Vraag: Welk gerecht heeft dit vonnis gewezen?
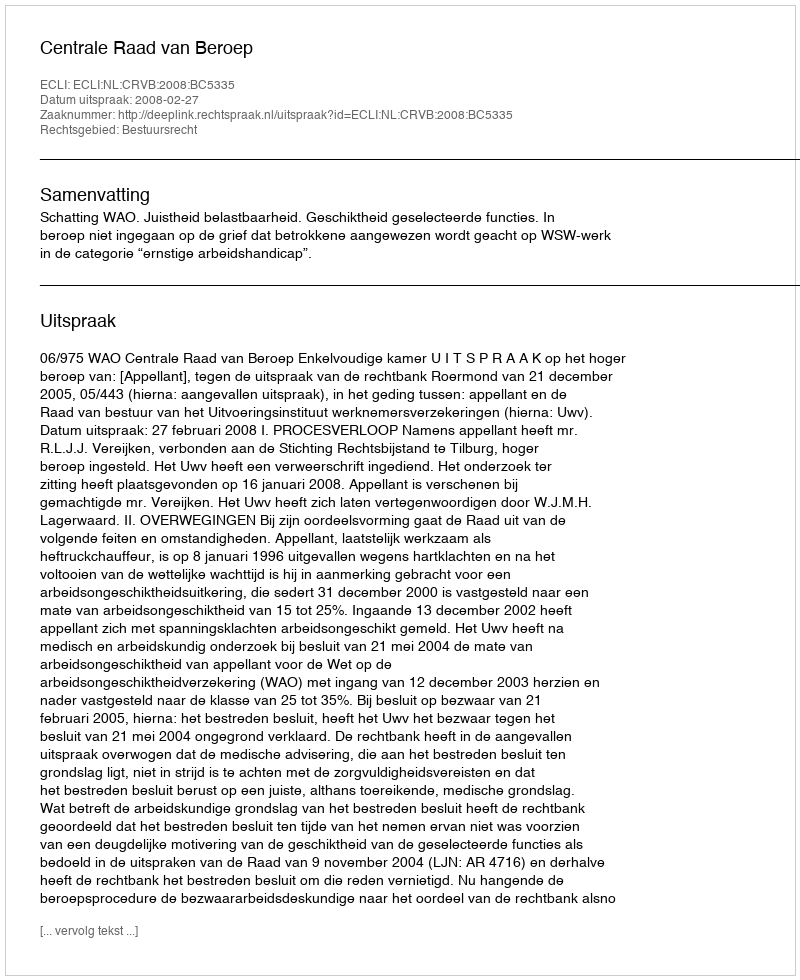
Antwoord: Centrale Raad van Beroep